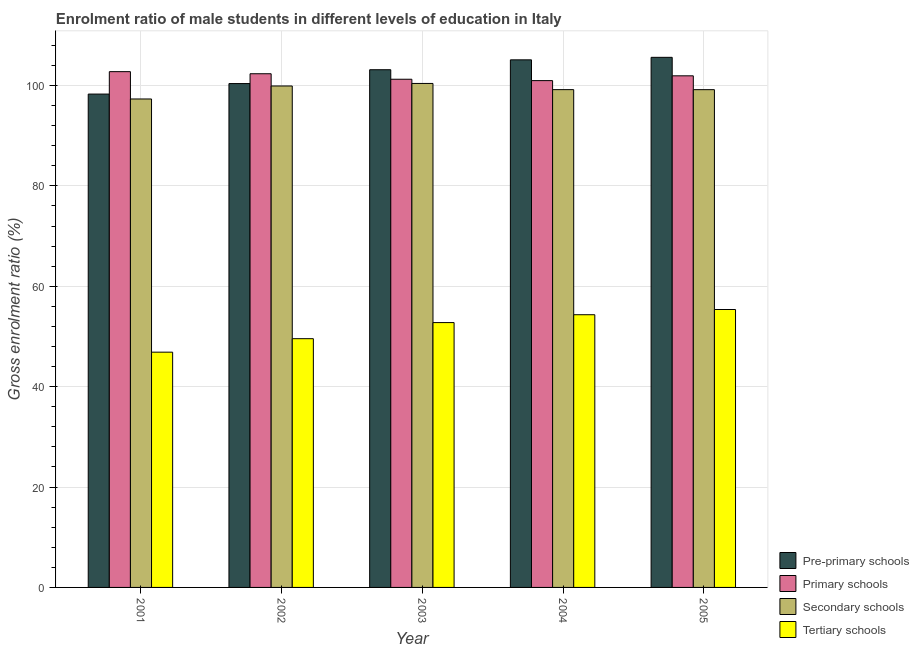
| Year | Pre-primary schools | Primary schools | Secondary schools | Tertiary schools |
 | --- | --- | --- | --- | --- |
 | 2001 | 98.3 | 103 | 97.3 | 46.9 |
 | 2002 | 100 | 102 | 99.9 | 49.6 |
 | 2003 | 103 | 101 | 100 | 52.8 |
 | 2004 | 105 | 101 | 99.2 | 54.3 |
 | 2005 | 106 | 102 | 99.2 | 55.4 |